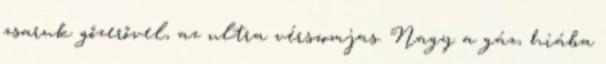
zsaruk gőzerővel, az ultra vérszomjas. Nagy a gáz, hiába